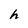
Character: h